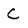
Character: C